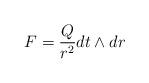
LaTeX: \begin{align*}F = \frac{Q}{r^2} dt \wedge dr\end{align*}